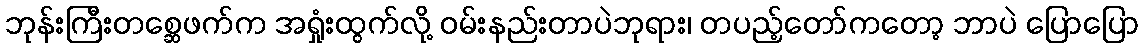
ဘုန်းကြီးတစ္ဆေဖက်က အရှုံးထွက်လို့ ဝမ်းနည်းတာပဲဘုရား၊ တပည့်တော်ကတော့ ဘာပဲ ပြောပြော